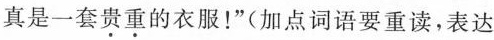
真是一套贵重的衣服！”(加点词语要重读，表达